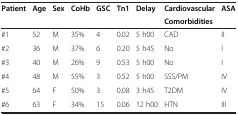
<table><thead><tr><td rowspan="2"><b>Patient</b></td><td rowspan="2"><b>Age</b></td><td rowspan="2"><b>Sex</b></td><td rowspan="2"><b>CoHb</b></td><td rowspan="2"><b>GSC</b></td><td rowspan="2"><b>Tn1</b></td><td rowspan="2"><b>Delay</b></td><td><b>Cardiovascular</b></td><td rowspan="2"><b>ASA</b></td></tr><tr><td><b>Comorbidities</b></td></tr></thead><tbody><tr><td>#1</td><td>52</td><td>M</td><td>35%</td><td>4</td><td>0.02</td><td>5 h00</td><td>CAD</td><td>II</td></tr><tr><td>#2</td><td>36</td><td>M</td><td>37%</td><td>6</td><td>0.20</td><td>5 h45</td><td>No</td><td>I</td></tr><tr><td>#3</td><td>40</td><td>M</td><td>26%</td><td>9</td><td>0.53</td><td>5 h00</td><td>No</td><td>I</td></tr><tr><td>#4</td><td>48</td><td>M</td><td>55%</td><td>3</td><td>0.52</td><td>5 h00</td><td>SSS/PM</td><td>IV</td></tr><tr><td>#5</td><td>64</td><td>F</td><td>50%</td><td>3</td><td>0.08</td><td>3 h45</td><td>T2DM</td><td>IV</td></tr><tr><td>#6</td><td>63</td><td>F</td><td>34%</td><td>15</td><td>0.06</td><td>12 h00</td><td>HTN</td><td>III</td></tr></tbody></table>